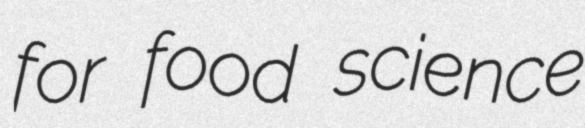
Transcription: for food science